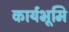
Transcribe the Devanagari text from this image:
कार्यभूमि